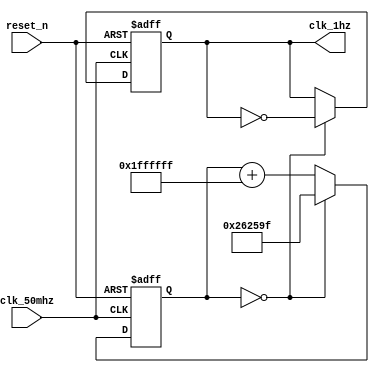
module clk_1( input clk_50mhz, input reset_n, output  reg clk_1hz);

 reg [25:0]  count;

 always @(posedge clk_50mhz or negedge reset_n)
    if(!reset_n) begin
                        count   <= 26'd2499999;
                        clk_1hz <= 2'b00;
    end else begin
                        count   <= count + 26'h1ffffff;
        if(!count) begin
                        count   <= 26'd2499999;
                        clk_1hz <= ~clk_1hz;
        end
    end

 endmodule